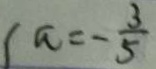
( a = - \frac { 3 } { 5 }